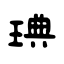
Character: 琠